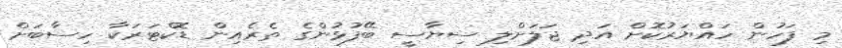
މި ފަހުން ހައްޔަރުކޮށް އަދި ޖަލަށްލި ސިޔާސީ ބޭފުޅުންގެ ތެރެއިން ޑޮކްޓަރަކާ ހިސާބަށް